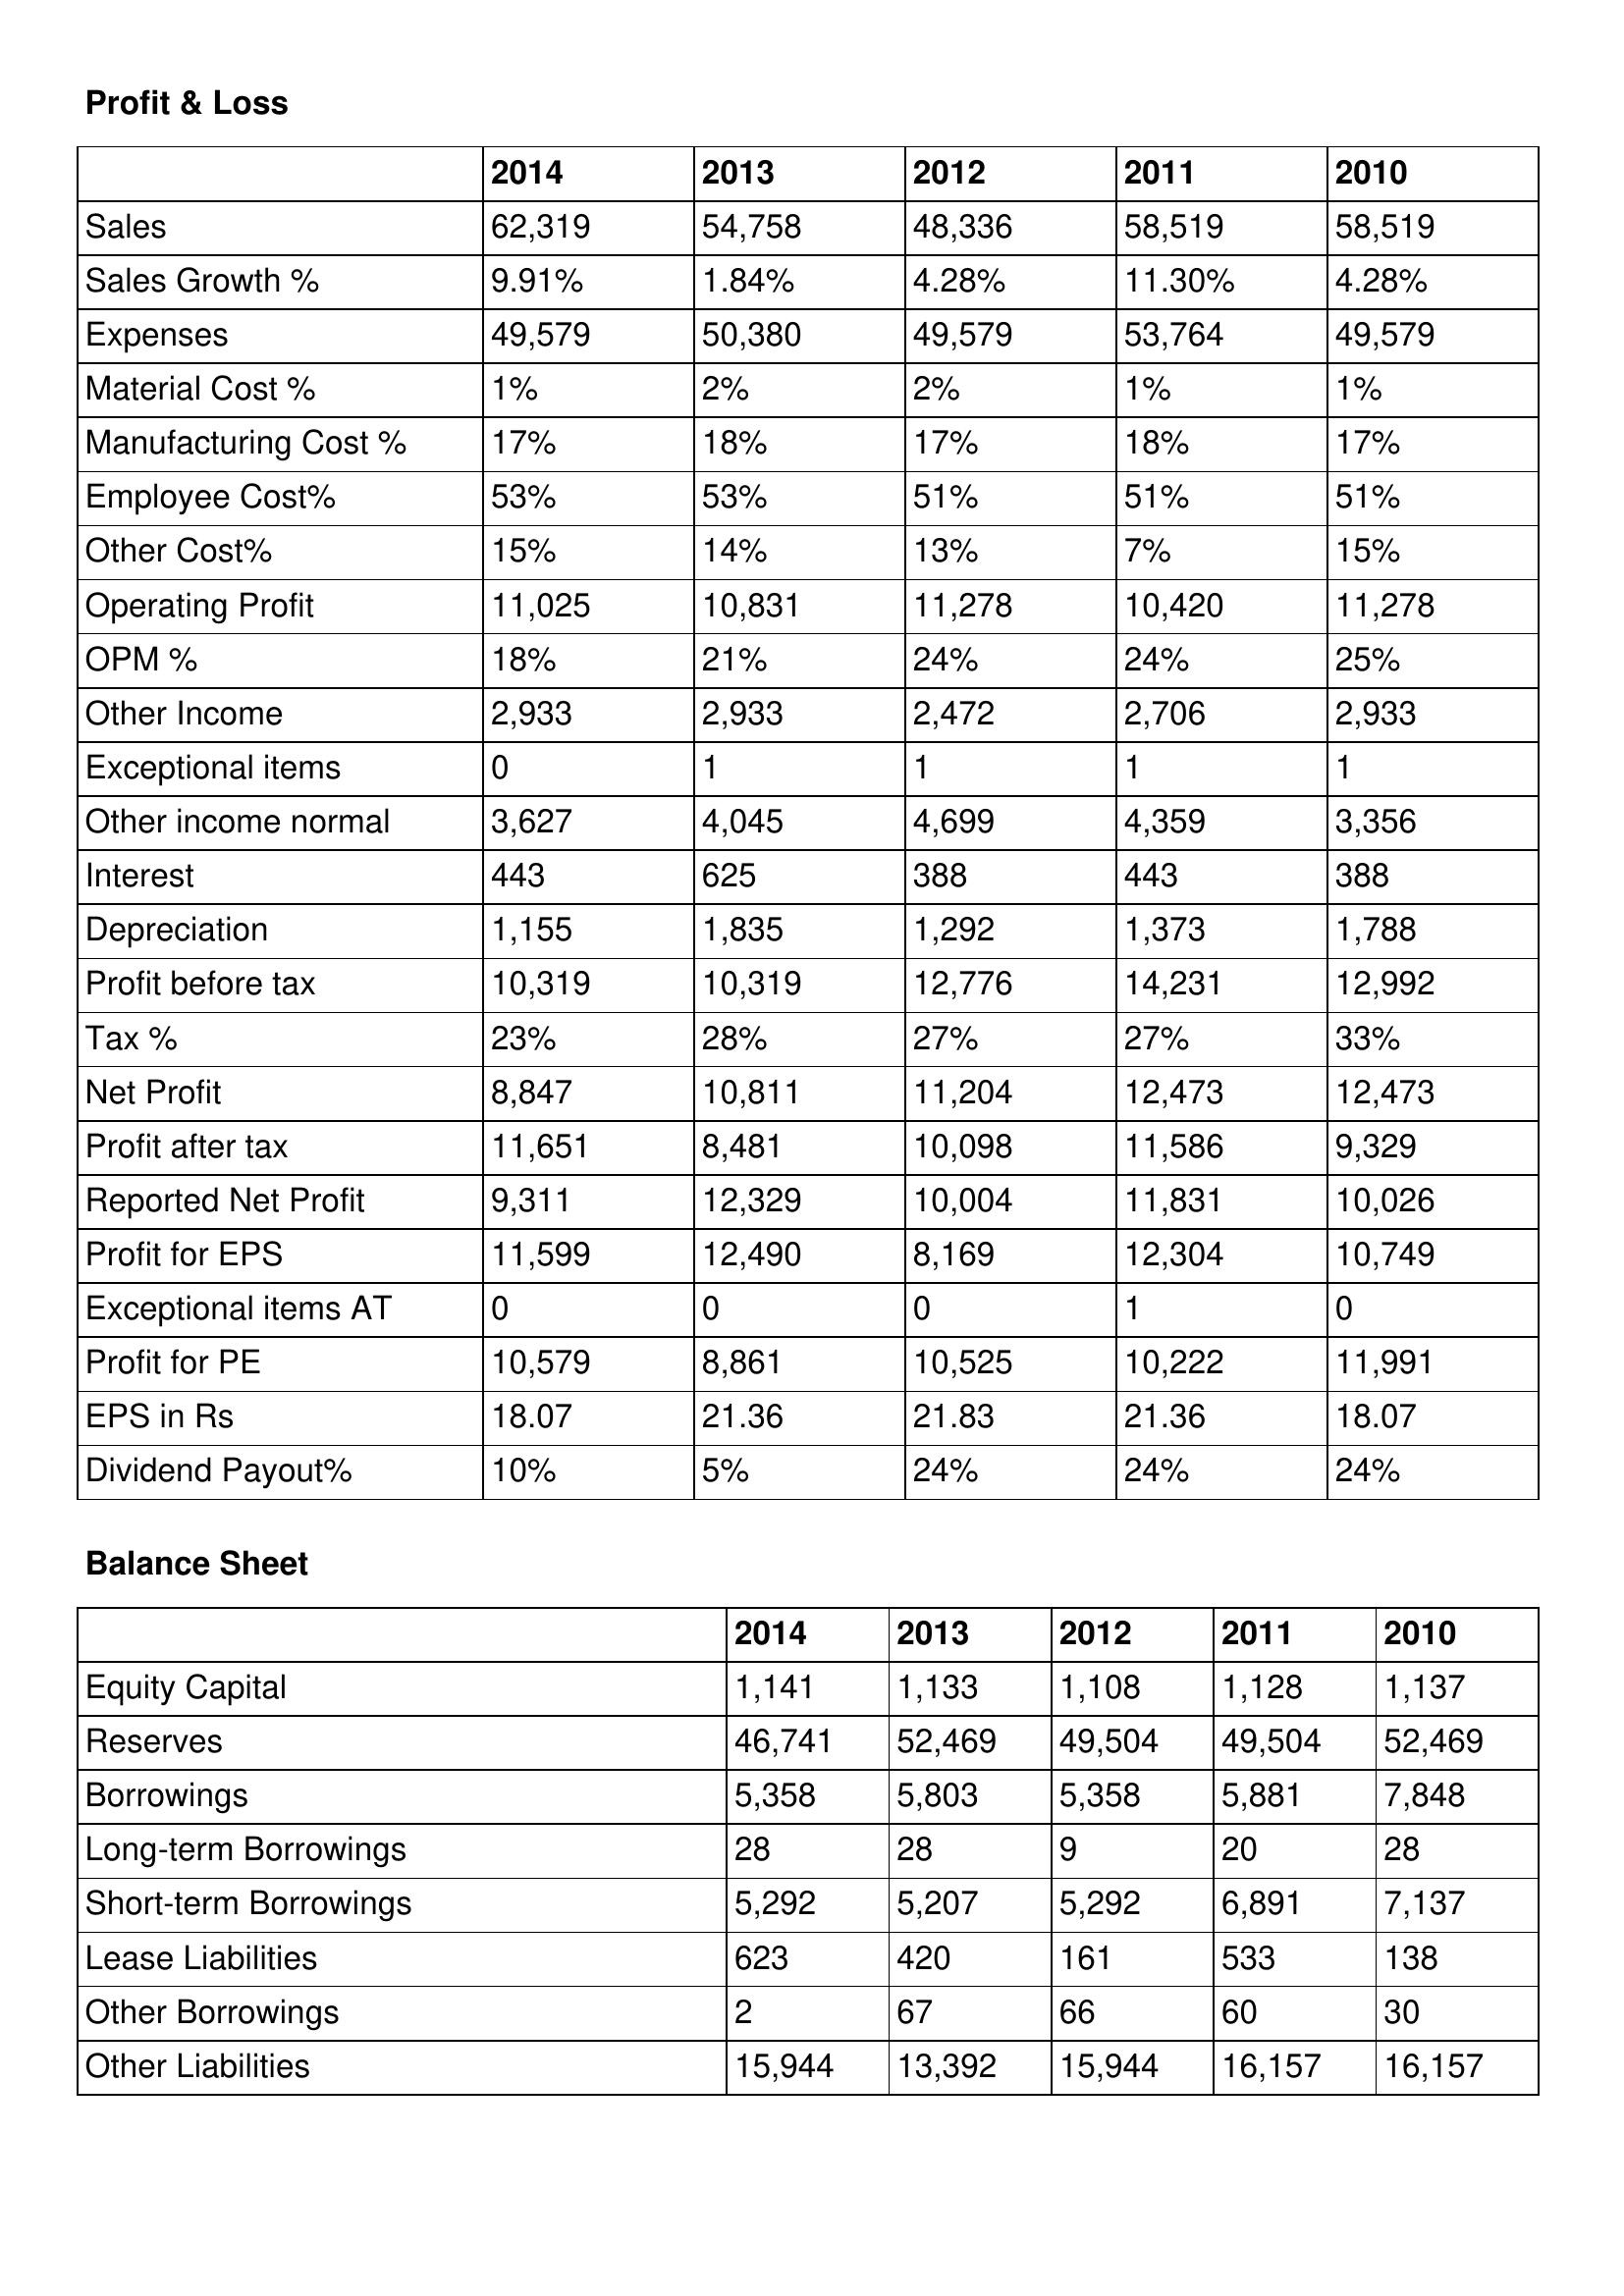
gt_parse: 2014: Profit & Loss: Sales: 62,319
Sales Growth %: 9.91%
Expenses: 49,579
Material Cost %: 1%
Manufacturing Cost %: 17%
Employee Cost%: 53%
Other Cost%: 15%
Operating Profit: 11,025
OPM %: 18%
Other Income: 2,933
Exceptional items: 0
Other income normal: 3,627
Interest: 443
Depreciation: 1,155
Profit before tax: 10,319
Tax %: 23%
Net Profit: 8,847
Profit after tax: 11,651
Reported Net Profit: 9,311
Profit for EPS: 11,599
Exceptional items AT: 0
Profit for PE: 10,579
EPS in Rs: 18.07
Dividend Payout%: 10%
Balance Sheet: Equity Capital: 1,141
Reserves: 46,741
Borrowings: 5,358
Long-term Borrowings: 28
Short-term Borrowings: 5,292
Lease Liabilities: 623
Other Borrowings: 2
Other Liabilities: 15,944
2013: Profit & Loss: Sales: 54,758
Sales Growth %: 1.84%
Expenses: 50,380
Material Cost %: 2%
Manufacturing Cost %: 18%
Employee Cost%: 53%
Other Cost%: 14%
Operating Profit: 10,831
OPM %: 21%
Other Income: 2,933
Exceptional items: 1
Other income normal: 4,045
Interest: 625
Depreciation: 1,835
Profit before tax: 10,319
Tax %: 28%
Net Profit: 10,811
Profit after tax: 8,481
Reported Net Profit: 12,329
Profit for EPS: 12,490
Exceptional items AT: 0
Profit for PE: 8,861
EPS in Rs: 21.36
Dividend Payout%: 5%
Balance Sheet: Equity Capital: 1,133
Reserves: 52,469
Borrowings: 5,803
Long-term Borrowings: 28
Short-term Borrowings: 5,207
Lease Liabilities: 420
Other Borrowings: 67
Other Liabilities: 13,392
2012: Profit & Loss: Sales: 48,336
Sales Growth %: 4.28%
Expenses: 49,579
Material Cost %: 2%
Manufacturing Cost %: 17%
Employee Cost%: 51%
Other Cost%: 13%
Operating Profit: 11,278
OPM %: 24%
Other Income: 2,472
Exceptional items: 1
Other income normal: 4,699
Interest: 388
Depreciation: 1,292
Profit before tax: 12,776
Tax %: 27%
Net Profit: 11,204
Profit after tax: 10,098
Reported Net Profit: 10,004
Profit for EPS: 8,169
Exceptional items AT: 0
Profit for PE: 10,525
EPS in Rs: 21.83
Dividend Payout%: 24%
Balance Sheet: Equity Capital: 1,108
Reserves: 49,504
Borrowings: 5,358
Long-term Borrowings: 9
Short-term Borrowings: 5,292
Lease Liabilities: 161
Other Borrowings: 66
Other Liabilities: 15,944
2011: Profit & Loss: Sales: 58,519
Sales Growth %: 11.30%
Expenses: 53,764
Material Cost %: 1%
Manufacturing Cost %: 18%
Employee Cost%: 51%
Other Cost%: 7%
Operating Profit: 10,420
OPM %: 24%
Other Income: 2,706
Exceptional items: 1
Other income normal: 4,359
Interest: 443
Depreciation: 1,373
Profit before tax: 14,231
Tax %: 27%
Net Profit: 12,473
Profit after tax: 11,586
Reported Net Profit: 11,831
Profit for EPS: 12,304
Exceptional items AT: 1
Profit for PE: 10,222
EPS in Rs: 21.36
Dividend Payout%: 24%
Balance Sheet: Equity Capital: 1,128
Reserves: 49,504
Borrowings: 5,881
Long-term Borrowings: 20
Short-term Borrowings: 6,891
Lease Liabilities: 533
Other Borrowings: 60
Other Liabilities: 16,157
2010: Profit & Loss: Sales: 58,519
Sales Growth %: 4.28%
Expenses: 49,579
Material Cost %: 1%
Manufacturing Cost %: 17%
Employee Cost%: 51%
Other Cost%: 15%
Operating Profit: 11,278
OPM %: 25%
Other Income: 2,933
Exceptional items: 1
Other income normal: 3,356
Interest: 388
Depreciation: 1,788
Profit before tax: 12,992
Tax %: 33%
Net Profit: 12,473
Profit after tax: 9,329
Reported Net Profit: 10,026
Profit for EPS: 10,749
Exceptional items AT: 0
Profit for PE: 11,991
EPS in Rs: 18.07
Dividend Payout%: 24%
Balance Sheet: Equity Capital: 1,137
Reserves: 52,469
Borrowings: 7,848
Long-term Borrowings: 28
Short-term Borrowings: 7,137
Lease Liabilities: 138
Other Borrowings: 30
Other Liabilities: 16,157